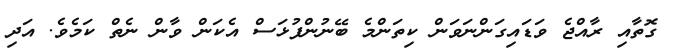
ގޮތާއި ރާއްޖެ ވަޑައިގަންނަވަން ކިތަންމެ ބޭނުންފުޅަސް އެކަން ވާން ނެތް ކަމެވެ. އަދި